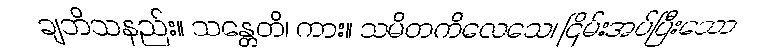
ချဘိသနည်း။ သန္တေတိ၊ ကား။ သမိတကိလေသေ၊ ငြိမ်းအပ်ပြီးသော